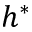
h ^ { * }